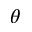
\theta